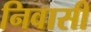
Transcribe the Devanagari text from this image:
निवासीं